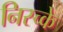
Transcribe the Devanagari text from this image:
निस्च्के